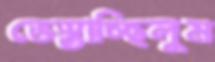
ভেস্তাচ্ছিলুম